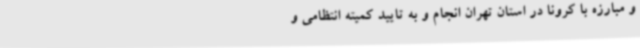
و مبارزه با کرونا در استان تهران انجام و به تایید کمیته انتظامی و